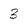
Character: 3